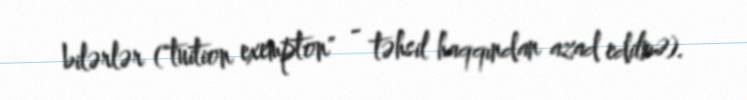
bilərlər ("tuition exempton" - təhsil haqqından azad edilmə).